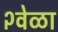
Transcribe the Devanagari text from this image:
२वेळा